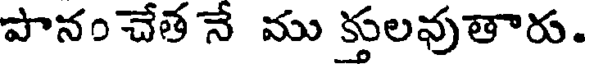
పానం చేత నే ము క్తులవుతారు.